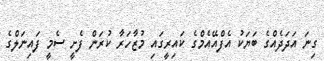
ގިނަ އަދަދެއްގެ ބަޔަކު އެފްއޭއެމްގެ ކައިރީގައި މުޒާހަރާ ކުރަން ފެށީ ސެމީ ފައިނަލްގެ